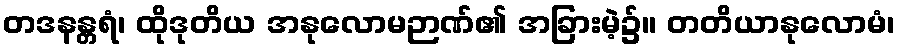
တဒနန္တရံ၊ ထိုဒုတိယ အနုလောမဉာဏ်၏ အခြားမဲ့၌။ တတိယာနုလောမံ၊